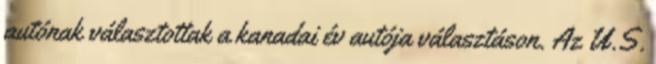
autónak választottak a kanadai év autója választáson. Az U.S.